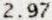
2.97